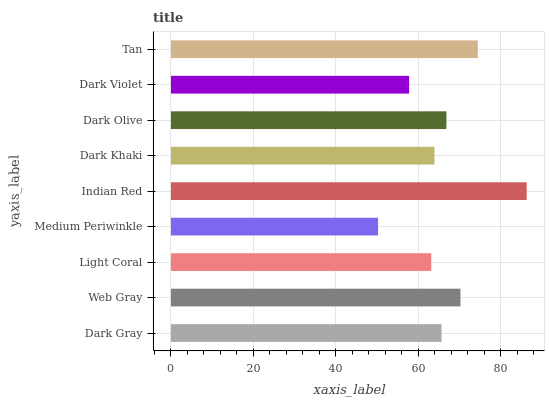
| yaxis_label | bars |
 | --- | --- |
 | Dark Gray | 65.7 |
 | Web Gray | 70.2 |
 | Light Coral | 63.2 |
 | Medium Periwinkle | 50.3 |
 | Indian Red | 86.3 |
 | Dark Khaki | 63.9 |
 | Dark Olive | 66.8 |
 | Dark Violet | 57.8 |
 | Tan | 74.4 |